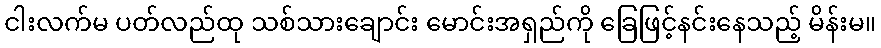
ငါးလက်မ ပတ်လည်ထု သစ်သားချောင်း မောင်းအရှည်ကို ခြေဖြင့်နင်းနေသည့် မိန်းမ။